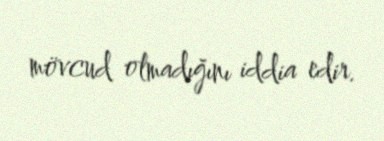
mövcud olmadığını iddia edir.